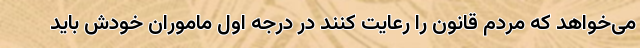
می‌خواهد که مردم قانون را رعایت کنند در درجه اول ماموران خودش باید